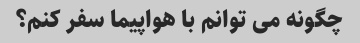
چگونه می توانم با هواپیما سفر کنم؟